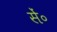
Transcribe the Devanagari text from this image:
सें॰